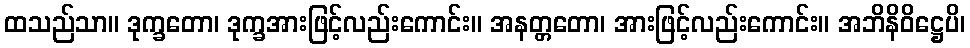
ထသည်သာ။ ဒုက္ခတော၊ ဒုက္ခအားဖြင့်လည်းကောင်း။ အနတ္တတော၊ အားဖြင့်လည်းကောင်း။ အဘိနိဝိဋ္ဌေပိ၊